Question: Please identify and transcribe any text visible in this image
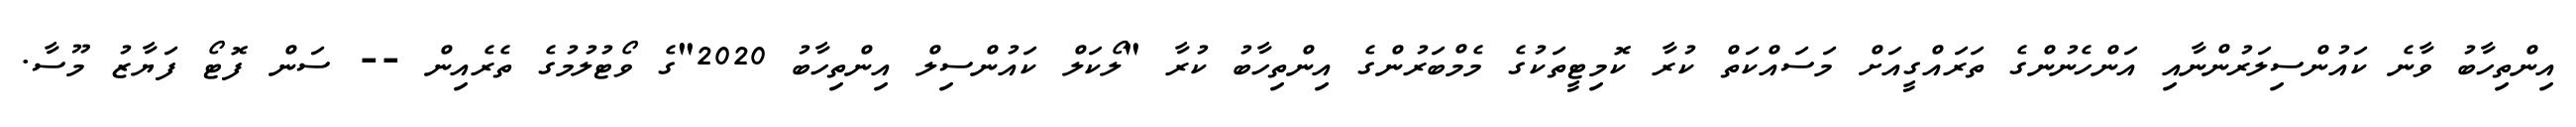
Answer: އިންތިހާބު ވާނެ ކައުންސިލަރުންނާއި އަންހެނުންގެ ތަރައްގީއަށް މަސައްކަތް ކުރާ ކޮމިޓީތަކުގެ މެމްބަރުންގެ އިންތިހާބު ކުރާ "ލޯކަލް ކައުންސިލް އިންތިހާބު 2020"ގެ ވޯޓުލުމުގެ ތެރެއިން -- ސަން ފޮޓޯ ފަޔާޒު މޫސާ.